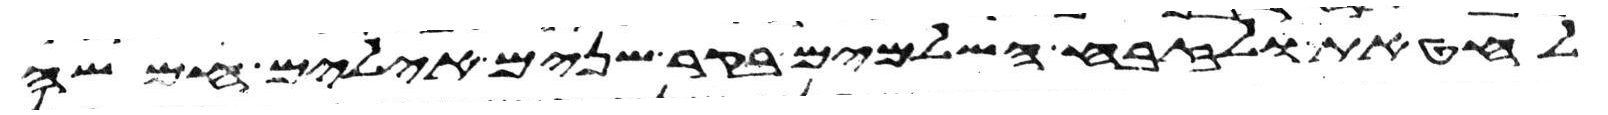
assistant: לחטאת ולזבח השלמים בקר שנים אילים חמשה